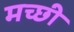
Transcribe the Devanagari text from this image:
मच्छी